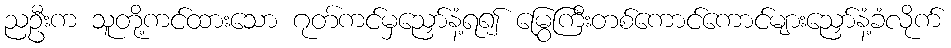
ညဦးက သူတို့ကင်ထားသော ဂုတ်ကင်မှညှော်နံ့ရ၍ မြွေကြီးတစ်ကောင်ကောင်များညှော်နံ့ခံလိုက်